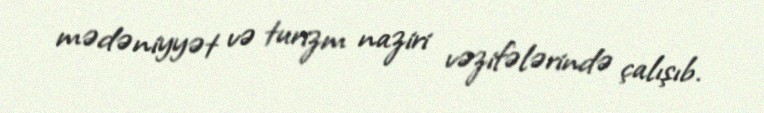
mədəniyyət və turizm naziri vəzifələrində çalışıb.